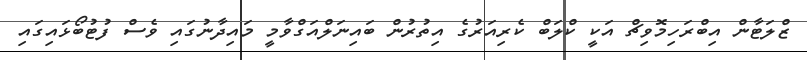
ޒްލަޓާން އިބްރަހިމޮވިޗް އަކީ ކްލަބް ކެރިއަރުގެ އިތުރުން ބައިނަލްއަގްވާމީ މައިދާނުގައި ވެސް ފުޓުބޯޅައިގައި